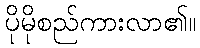
ပိုမိုစည်ကားလာ၏။